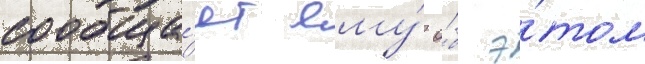
сообща́ет ему́ о́б э́том